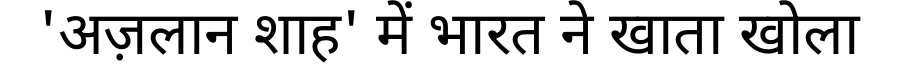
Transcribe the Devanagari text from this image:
'अज़लान शाह' में भारत ने खाता खोला